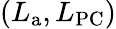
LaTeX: \left(L_{\mathrm{a}},L_{\mathrm{PC}}\right)